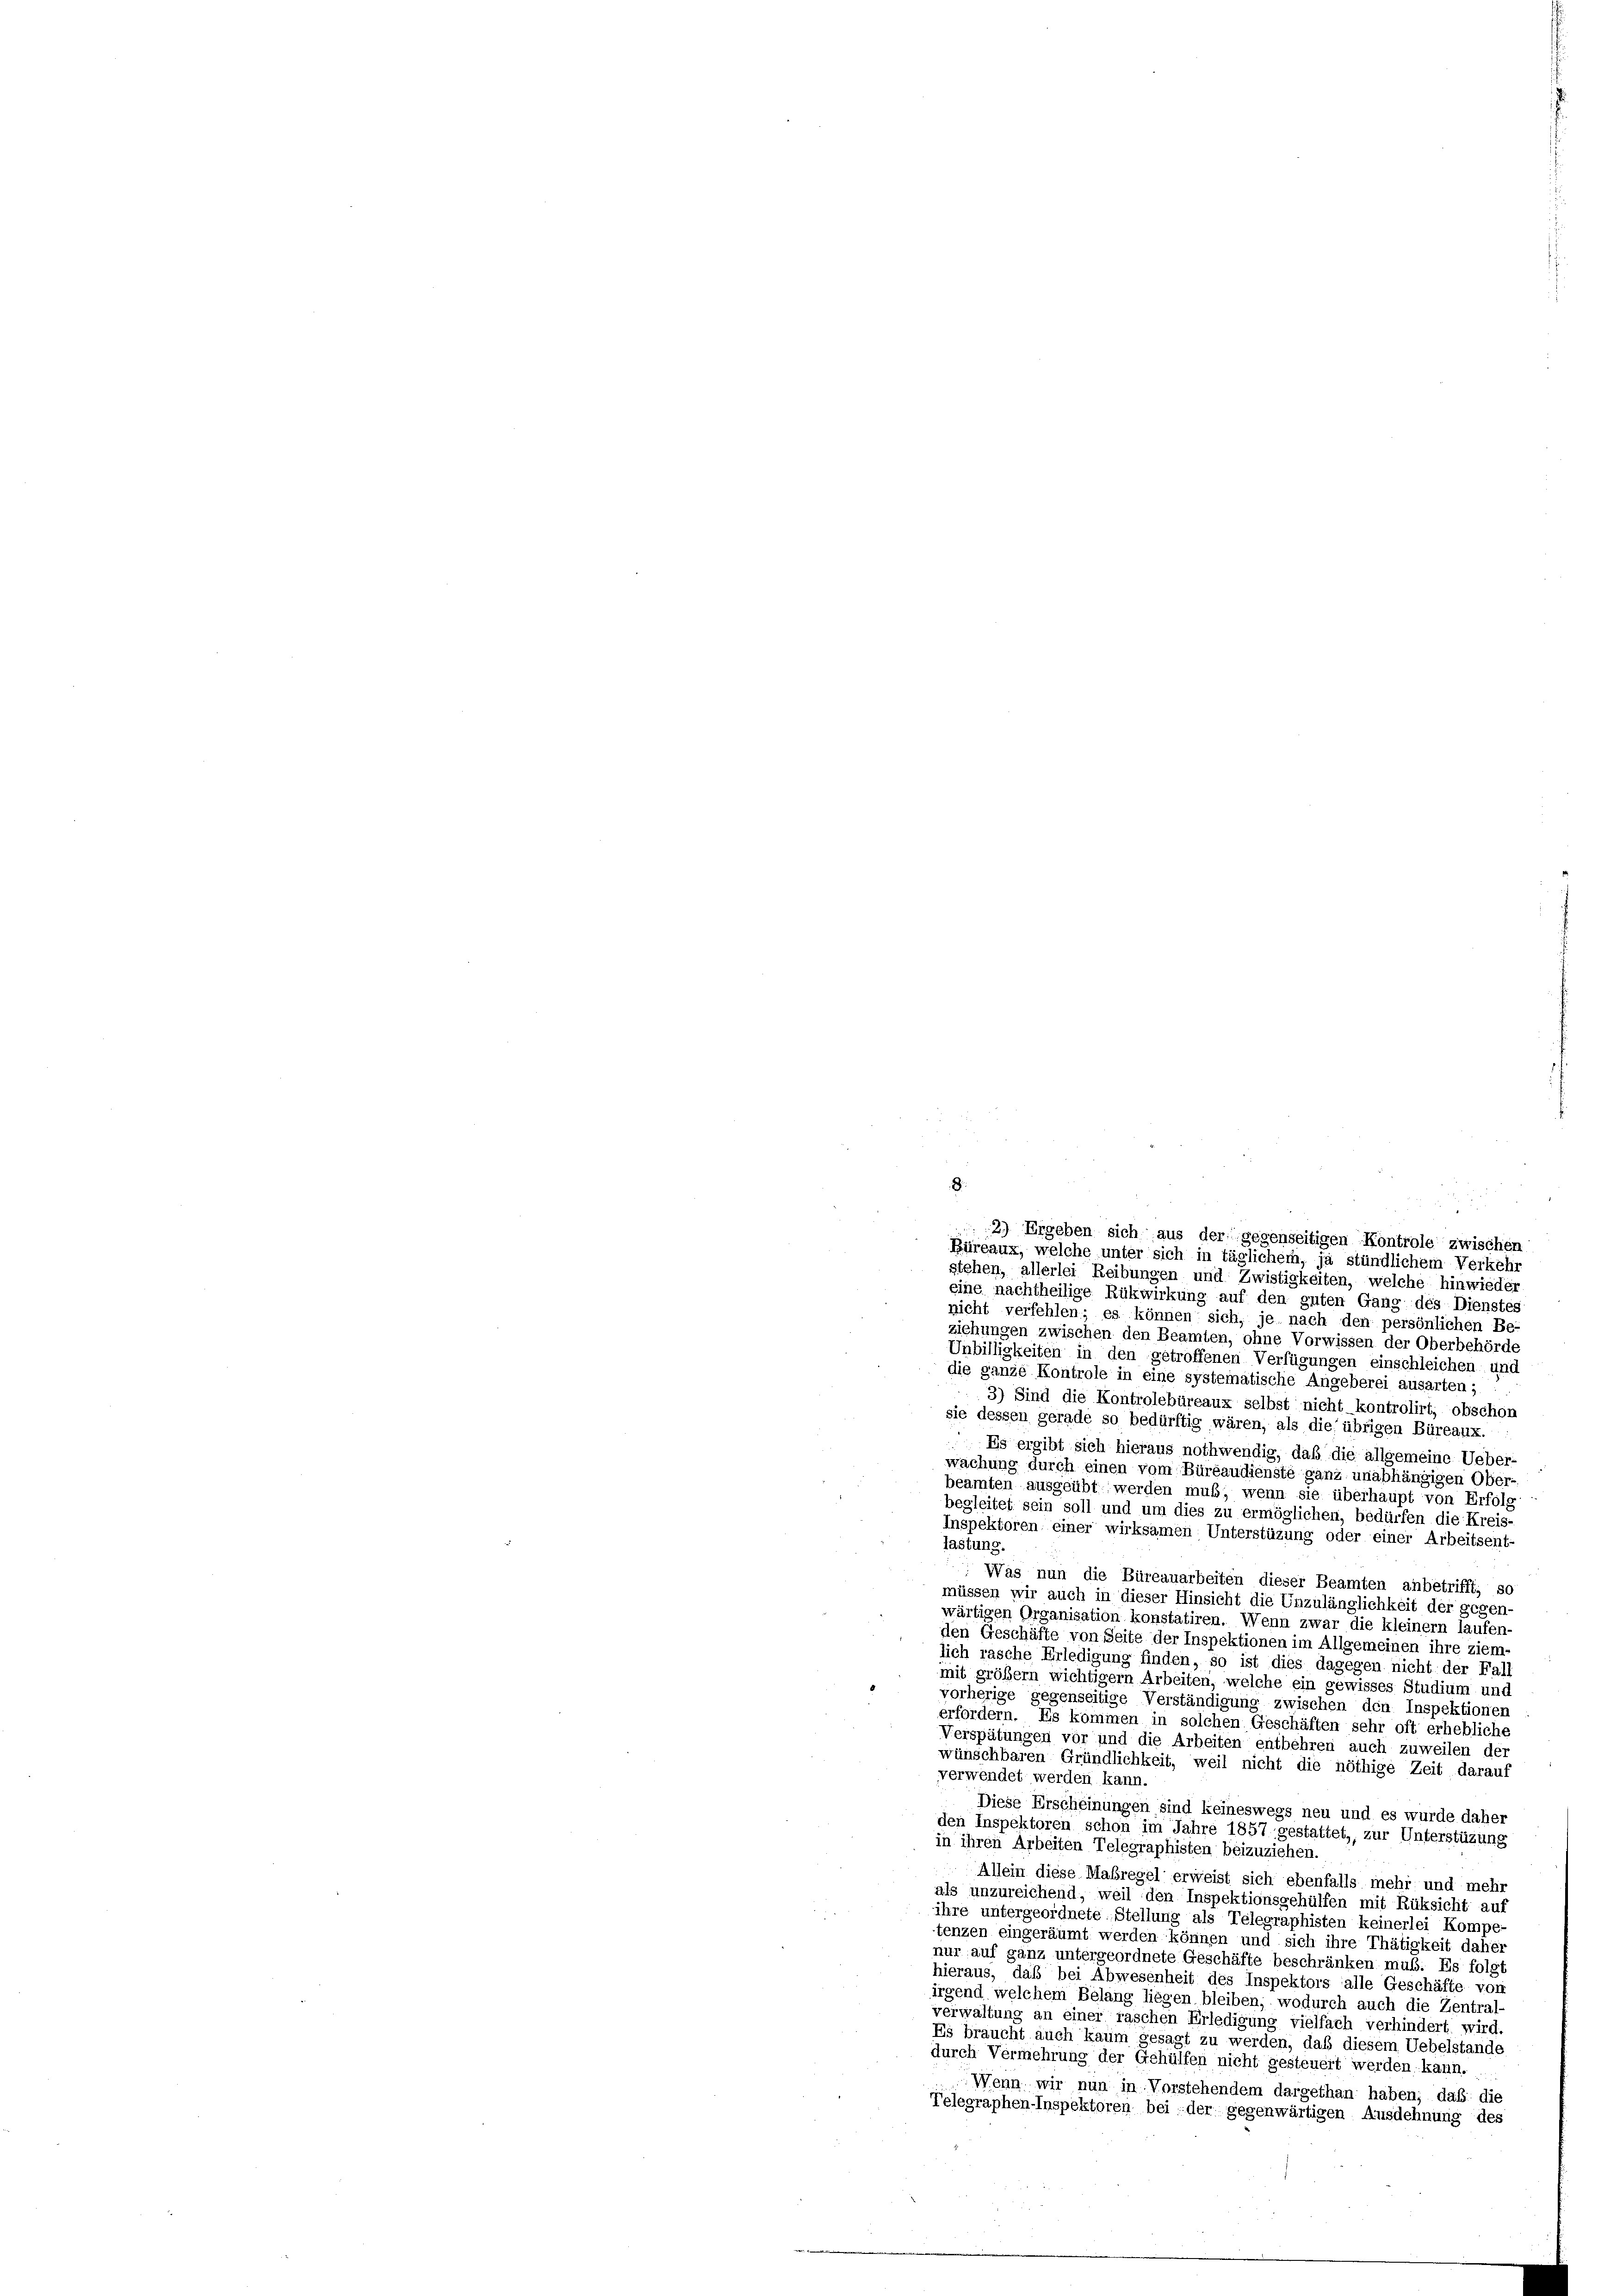
Büreaux, welche unter sich in täglichem, ja stündlichem Verkehr
stehen, allerlei Reibungen und Zwistigkeiten, welche hinwieder
eine nachtheilige Rükwirkung auf den guten Gang des Dienstes
nicht verfehlen; es können sich, je nach den persönlichen Be-
ziehungen zwischen den Beamten, ohne Vorwissen der Oberbehörde
Unbilligkeiten in den getroffenen Verfügungen einschleichen und
die ganze Kontrole in eine systematische Angeberei ausarten;
3) Sind die Kontrolebüreaux selbst nicht kontrolirt, obschon
sie dessen gerade so bedürftig wären, als die übrigen Büreaux.
Es ergibt sich hieraus nothwendig, daß die allgemeine Ueber-
wachung durch einen vom Büreaudienste ganz unabhängigen Ober-
beamten ausgeübt werden muß, wenn sie überhaupt von Erfolg
begleitet sein soll und um dies zu ermöglichen, bedürfen die Kreis-
Inspektoren einer wirksamen Unterstüzung oder einer Arbeitsent-
lastung.
Was nun die Büreauarbeiten dieser Beamten anbetrifft, so
müssen wir auch in dieser Hinsicht die Unzulänglichkeit der gegen-
wärtigen Organisation konstatiren. Wenn zwar die kleiner laufen-
den Geschäfte von Seite der Inspektionen im Allgemeinen ihre ziem-
lich rasche Erledigung finden, so ist dies dagegen nicht der Fall
mit größerm wichtiger Arbeiten, welche ein gewisses Studium und
vorherige gegenseitige Verständigung zwischen den Inspektionen
erfordern. Es kommen in solchen Geschäften sehr oft erhebliche
Verspätungen vor und die Arbeiten entbehren auch zuweilen der
wünschbaren Gründlichkeit, weil nicht die nöthige Zeit darauf
verwendet werden kann.
Diese Erscheinungen sind keineswegs neu und es wurde daher
den Inspektoren schon im Jahre 1857 gestattet, zur Unterstüzung
in ihren Arbeiten Telegraphisten beizuziehen.
Allein diese Maßregel erweist sich ebenfalls mehr und mehr
als unzureichend, weil den Inspektionsgehülfen mit Rüksicht auf
ihre untergeordnete Stellung als Telegraphisten keinerlei Kompe-
tenzen eingeräumt werden können und sich ihre Thätigkeit daher
nur auf ganz untergeordnete Geschäfte beschränken muß. Es folgt
hieraus, daß bei Abwesenheit des Inspektors alle Geschäfte von
irgend welchem Belang liegen bleiben, wodurch auch die Zentral-
verwaltung an einer raschen Erledigung vielfach verhindert wird.
Es braucht auch kaum gesagt zu werden, daß diesem Uebelstande
durch Vermehrung der Gehülfen nicht gesteuert werden; kann.
Wenn wir nun in Vorstehendem dargethan haben; daß die
Telegraphen-Inspektoren bei der gegenwärtigen Ausdehnung des

2.) Ergeben sich aus der gegenseitigen Kontrole zwischen